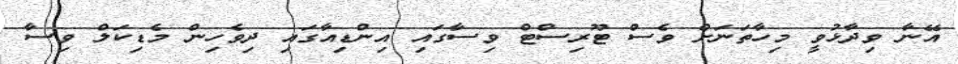
އޭނާ ވިދާޅުވީ މިހާތަނަށް ވެސް ޓޫރިސްޓް ވިސާގައި އިންޑިއާގައި ދިވެހިން މެޑިކަލް ވިސާ